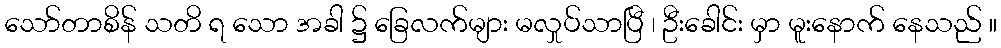
သော်တာစိန် သတိ ရ သော အခါ ၌ ခြေလက်များ မလှုပ်သာပြီ ၊ ဦးခေါင်း မှာ မူးနောက် နေသည် ။